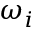
\omega _ { i }